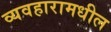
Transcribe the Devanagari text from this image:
व्यवहारामधील